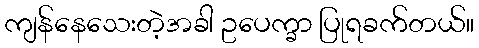
ကျန်နေသေးတဲ့အခါ ဥပေက္ခာ ပြုရခက်တယ်။